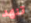
تنهد